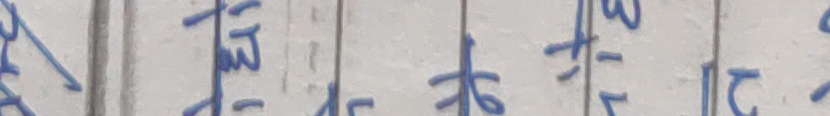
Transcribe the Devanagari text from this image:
बु | मज३ | तिलक | अखत | स२ | पर